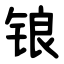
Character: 锒